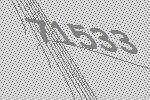
71533